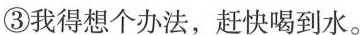
③我得想个办法，赶快喝到水。